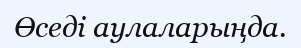
Өседі аулаларыңда.